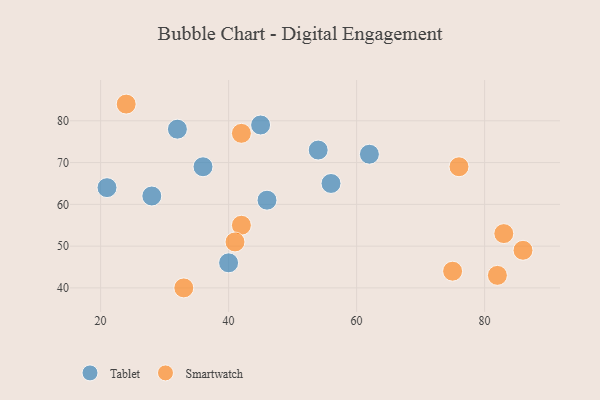
{"axis": {"x": "GDP", "y": "Life Expectancy"}, "legend": ["Smartwatch", "Tablet"], "data": [{"x": "56", "y": 65, "type": "Tablet"}, {"x": "46", "y": 61, "type": "Tablet"}, {"x": "32", "y": 78, "type": "Tablet"}, {"x": "28", "y": 62, "type": "Tablet"}, {"x": "54", "y": 73, "type": "Tablet"}, {"x": "45", "y": 79, "type": "Tablet"}, {"x": "36", "y": 69, "type": "Tablet"}, {"x": "62", "y": 72, "type": "Tablet"}, {"x": "21", "y": 64, "type": "Tablet"}, {"x": "40", "y": 46, "type": "Tablet"}, {"x": "75", "y": 44, "type": "Smartwatch"}, {"x": "82", "y": 43, "type": "Smartwatch"}, {"x": "83", "y": 53, "type": "Smartwatch"}, {"x": "24", "y": 84, "type": "Smartwatch"}, {"x": "42", "y": 77, "type": "Smartwatch"}, {"x": "42", "y": 55, "type": "Smartwatch"}, {"x": "76", "y": 69, "type": "Smartwatch"}, {"x": "41", "y": 51, "type": "Smartwatch"}, {"x": "86", "y": 49, "type": "Smartwatch"}, {"x": "33", "y": 40, "type": "Smartwatch"}]}